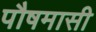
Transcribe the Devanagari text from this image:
पौषमासी